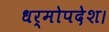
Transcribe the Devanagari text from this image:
धर्मोपदेश।